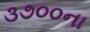
૩૭૦૦ના